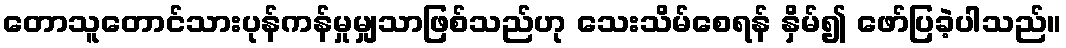
တောသူတောင်သားပုန်ကန်မှုမျှသာဖြစ်သည်ဟု သေးသိမ်စေရန် နှိမ်၍ ဖော်ပြခဲ့ပါသည်။